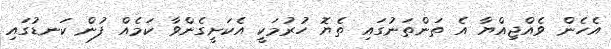
އެހެން ވެއްޖިއްޔާ އެ ތަންތަނުގައި ތެޔޮ ހުރުމަކީ އެކަށީގެންވާ ކަމެއް ފުން ކަނޑުގައި